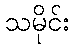
သမိုင်း